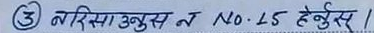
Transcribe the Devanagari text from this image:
३ बरिसा उबुस त No. 25 हेनुस /